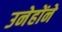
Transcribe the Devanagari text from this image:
उनेहोंने